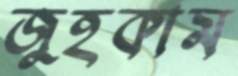
জুহকাম